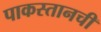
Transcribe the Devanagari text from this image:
पाकस्तानची